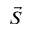
\vec { S }